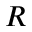
R